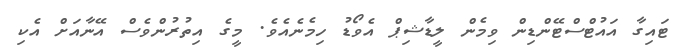
ޓައިގާ އައުޓްސްޓޭންޑިން ވިމެން ލީޑާޝިޕް އެވޯޑު ހިމެނެއެވެ. މީގެ އިތުރުންވެސް އޭނާއަށް އެކި